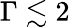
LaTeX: \Gamma\lesssim 2